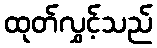
ထုတ်လွှင့်သည်